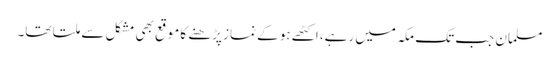
مسلمان جب تک مکہ میں رہے، اکٹھے ہو کے نماز پڑھنے کا موقع بھی مشکل سے ملتا تھا۔